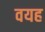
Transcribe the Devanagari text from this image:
वयह